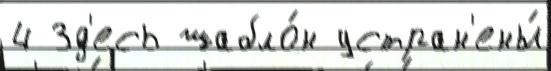
4 Зд'есь шабло́н устран'ены́